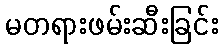
မတရားဖမ်းဆီးခြင်း